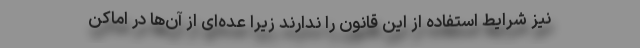
نیز شرایط استفاده از این قانون را ندارند زیرا عده‌ای از آن‌ها در اماکن